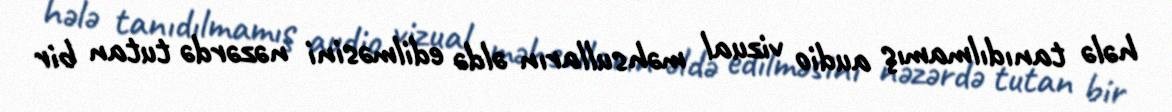
hələ tanıdılmamış audio vizual məhsulların əldə edilməsini nəzərdə tutan bir